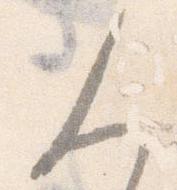
人